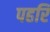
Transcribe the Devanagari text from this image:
पहरि